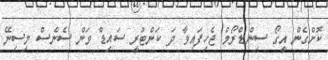
ކޮށްގެން އީގޯ ސިންޑްރޯމް ޖެހިފައިވާ ދަ ކަންޓްރީ ސައިޑް ވަން ސެންސް މިސިނޭ